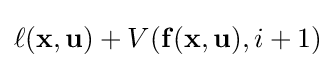
\ell (\mathbf {x} ,\mathbf {u} )+V(\mathbf {f} (\mathbf {x} ,\mathbf {u} ),i+1)